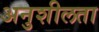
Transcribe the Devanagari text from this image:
अनुशीलता